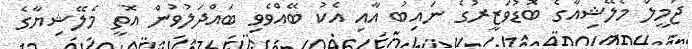
ޖަމީލް މެލޭޝިއާގެ ބޮޑުވަޒީރުގެ ނައިބު އާއި އެކު ބޭއްވެވި ބައްދަލުވުން އޮތީ މެލޭޝިޔާގެ